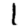
Digit: 1